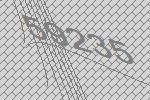
59235